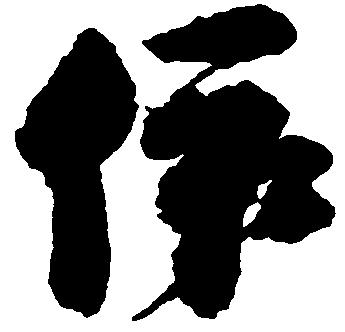
依